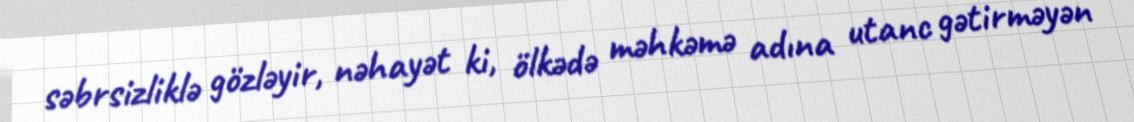
səbrsizliklə gözləyir, nəhayət ki, ölkədə məhkəmə adına utanc gətirməyən